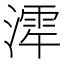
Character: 𪷋